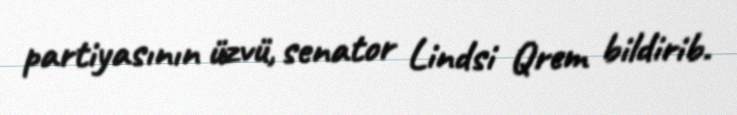
partiyasının üzvü, senator Lindsi Qrem bildirib.